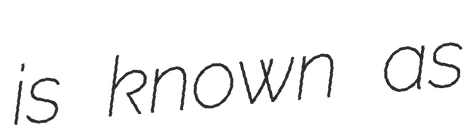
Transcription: is known as